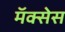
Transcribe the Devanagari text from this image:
मॅक्सेस